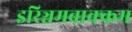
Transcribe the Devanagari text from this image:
इरिञ्चमबाक्कम